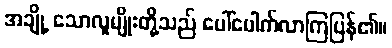
အချို့ သောလူမျိုးတို့သည် ပေါ်ပေါက်လာကြပြန်၏။